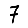
Digit: 7